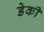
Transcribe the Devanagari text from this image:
डेकी